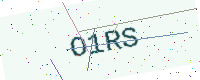
Text: O1RS